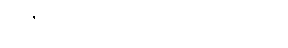
အဇ္ဈတ္တိက ဗာဟိရ ခေါ်ပုံ ဖွင့်ပြခန်း